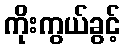
ကိုးကွယ်ခွင့်